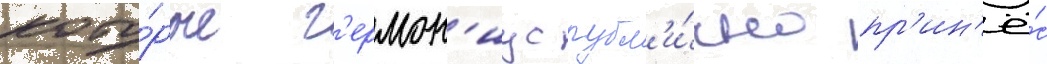
кото́рые г'ермон'иус публ'и́чно пр'ин'ё́с